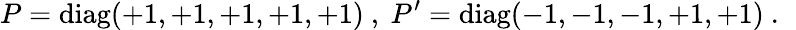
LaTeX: P=\mathrm{diag}(+1,+1,+1,+1,+1)~,~P^{\prime}=\mathrm{diag}(-1,-1,-1,+1,+1)~.~\,